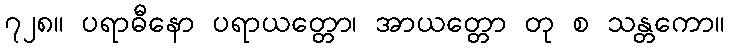
၇၂၈။ ပရာဓီနော ပရာယတ္တော၊ အာယတ္တော တု စ သန္တကော။